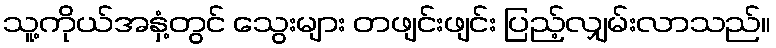
သူ့ကိုယ်အနှံ့တွင် သွေးများ တဖျင်းဖျင်း ပြည့်လျှမ်းလာသည်။